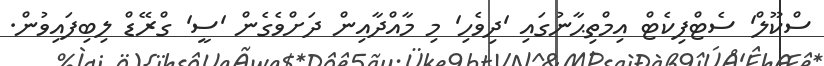
ސްކޫލް' ސެޓްފިކެޓް އިމްތިޙާނުގައި 'ދިވެހި' މި މާއްދާއިން ދަށްވެގެން 'ސީ' ގްރޭޑް ލިބިފައިވުން.